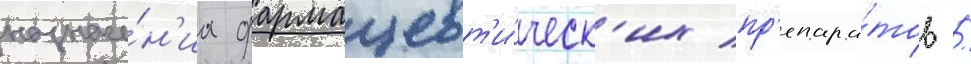
назначе́н'иа фармацевт'и́ческ'их пр'епара́тов /